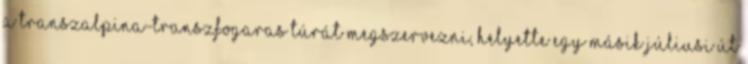
a Transzalpina-Transzfogaras túrát megszervezni, helyette egy másik júliusi út